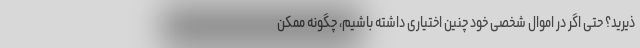
ذیرید؟ حتی اگر در اموال شخصی خود چنین اختیاری داشته باشیم، چگونه ممکن